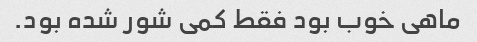
ماهی خوب بود فقط کمی شور شده بود.